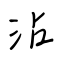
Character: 沾